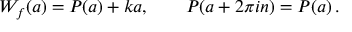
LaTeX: W _ { f } ( a ) = P ( a ) + k a , \qquad P ( a + 2 \pi i n ) = P ( a ) \, .